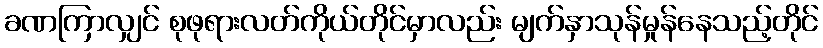
ခဏကြာလျှင် စုဖုရားလတ်ကိုယ်တိုင်မှာလည်း မျက်နှာသုန်မှုန်နေသည့်တိုင်